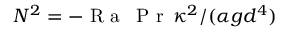
N ^ { 2 } = - \mathrm { ~ R ~ a ~ \, ~ P ~ r ~ } \, \kappa ^ { 2 } / ( \alpha g d ^ { 4 } )